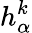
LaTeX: h_{\alpha}^{k}